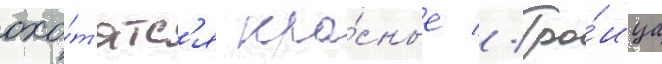
охо́т'ятс'я кра́сные // Тро́ица